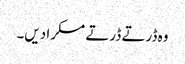
وہ ڈرتے ڈرتے مسکرا دیں۔